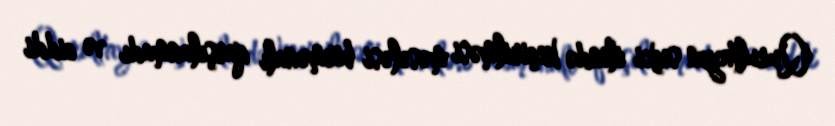
Qurultayın seçki ilində keçirilməsi məsələsi birmənalı qarşılanmadı və ciddi